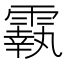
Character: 𩅀